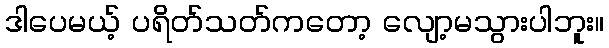
ဒါပေမယ့် ပရိတ်သတ်ကတော့ လျော့မသွားပါဘူး။